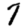
Digit: 7